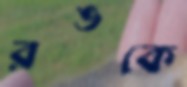
রঙকে